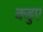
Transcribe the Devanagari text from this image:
कड़ुए